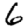
Digit: 6